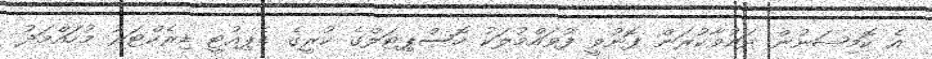
އެ ކޮމިޝަނުން ދައުވާކުރަން ފޮނުވީ ފުވައްމުލަކު ހޮސްޕިޓަލްގެ ކުރީގެ ޑެޕިއުޓީ ޑިރެކްޓަރު މުހައްމަދު